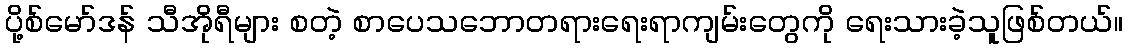
ပို့စ်မော်ဒန် သီအိုရီများ စတဲ့ စာပေသဘောတရားရေးရာကျမ်းတွေကို ရေးသားခဲ့သူဖြစ်တယ်။